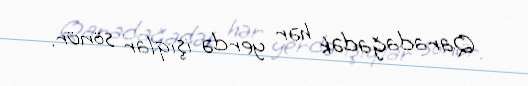
Qaradağadək hər yerdə işıqlar sönür.